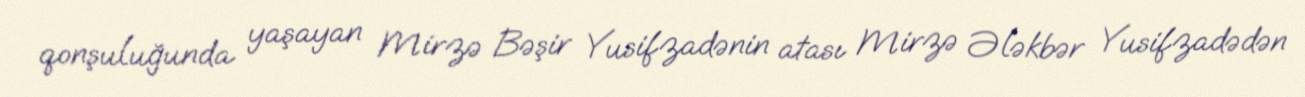
qonşuluğunda yaşayan Mirzə Bəşir Yusifzadənin atası Mirzə Ələkbər Yusifzadədən